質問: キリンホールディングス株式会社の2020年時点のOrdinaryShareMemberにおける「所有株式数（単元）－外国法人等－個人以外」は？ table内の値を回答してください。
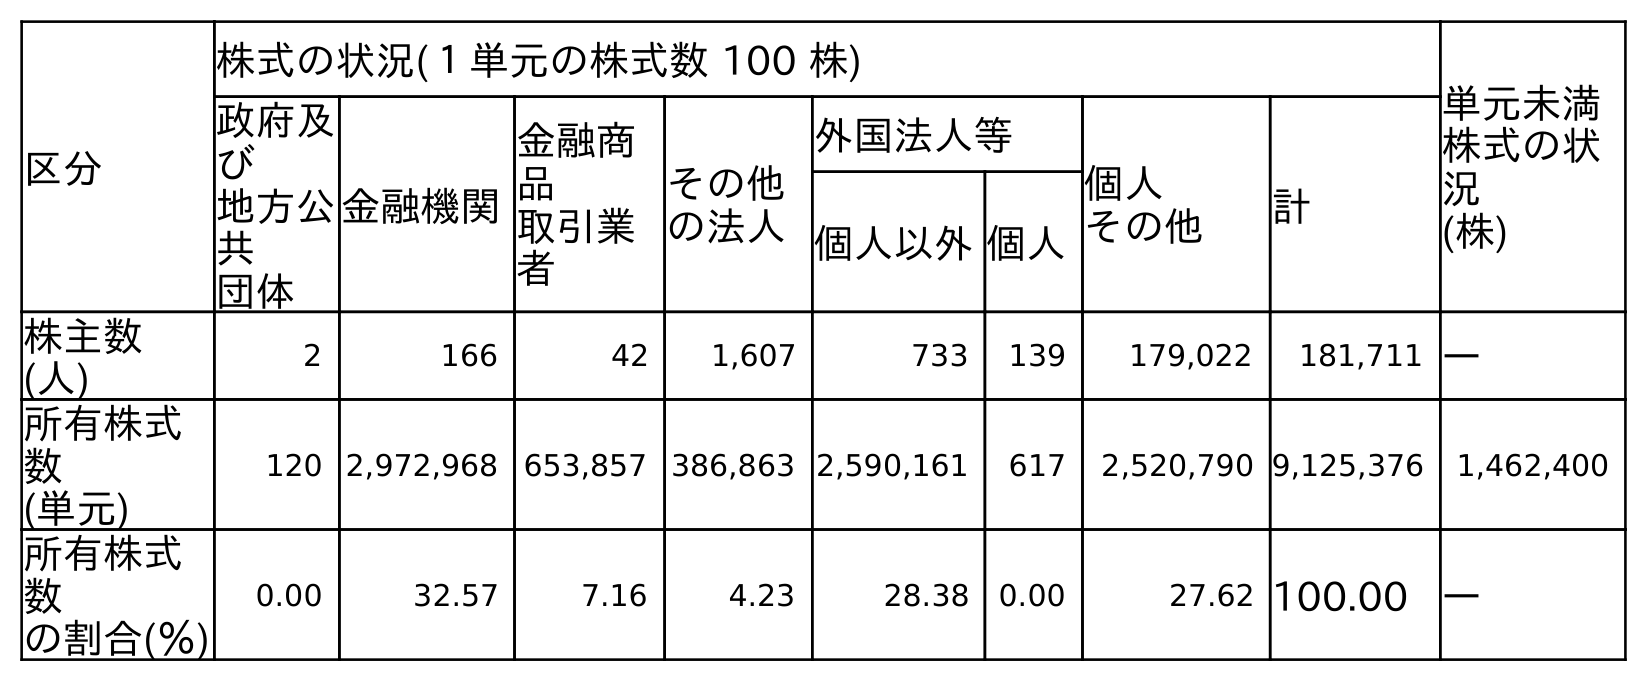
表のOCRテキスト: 区分 株式の状況(１単元の株式数 100 株) 単元未満 株式の状 況 (株) 政府及 び 地方公 共 団体 金融機関 金融商 品 取引業 者 その他 の法人 外国法人等 個人 その他 計 個人以外個人 株主数 (人) 2 166 42 1,607 733 139 179,022 181,711 ― 所有株式 数 (単元) 120 2,972,968 653,857 386,863 2,590,161 617 2,520,790 9,125,376 1,462,400 所有株式 数 の割合(％) 0.00 32.57 7.16 4.23 28.38 0.00 27.62 100.00 ―
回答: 2,590,161